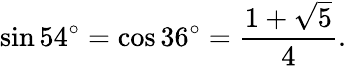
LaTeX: \sin 54^{\circ}=\cos 36^{\circ}={\frac{1+{\sqrt{5}}}{4}}.